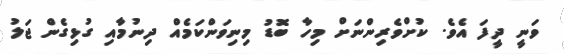
ވަނީ ދީފަ އެވެ. ކުށްވެރިންނަށް މިހާ ބޮޑު މިނިވަންކަމެއް ދިނުމާއި ގުޅިގެން ޖަލު